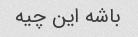
باشه این چیه